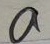
a